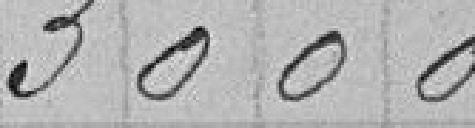
3 000